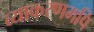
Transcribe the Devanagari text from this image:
व्याकरणमपि